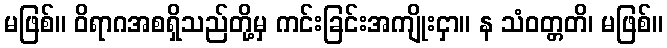
မဖြစ်။ ဝိရာဂအစရှိသည်တို့မှ ကင်းခြင်းအကျိုးငှာ။ န သံဝတ္တတိ၊ မဖြစ်။